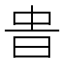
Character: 𣆊